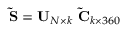
\mathbf { \tilde { S } } = \mathbf { U } _ { N \times k } \ \mathbf { \tilde { C } } _ { k \times 3 6 0 }